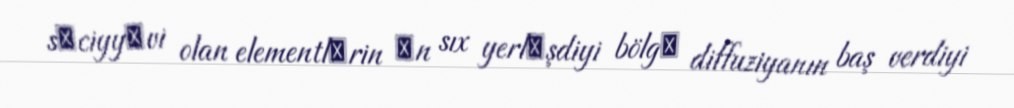
sәciyyәvi olan elementlәrin әn sıx yerlәşdiyi bölgә diffuziyanın baş verdiyi